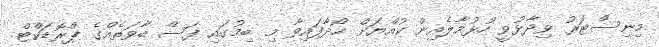
މިނިސްޓަރު ވިދާޅުވީ ހުޅުމާލެއިން ކުއްޔަށް ހޯދާފައިވާ މި ބިމުގައި ފަސް ބާވަތެއްގެ ޕްރޮޑަކްޓް